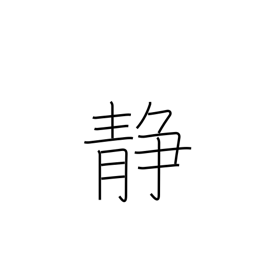
Meaning: quiet